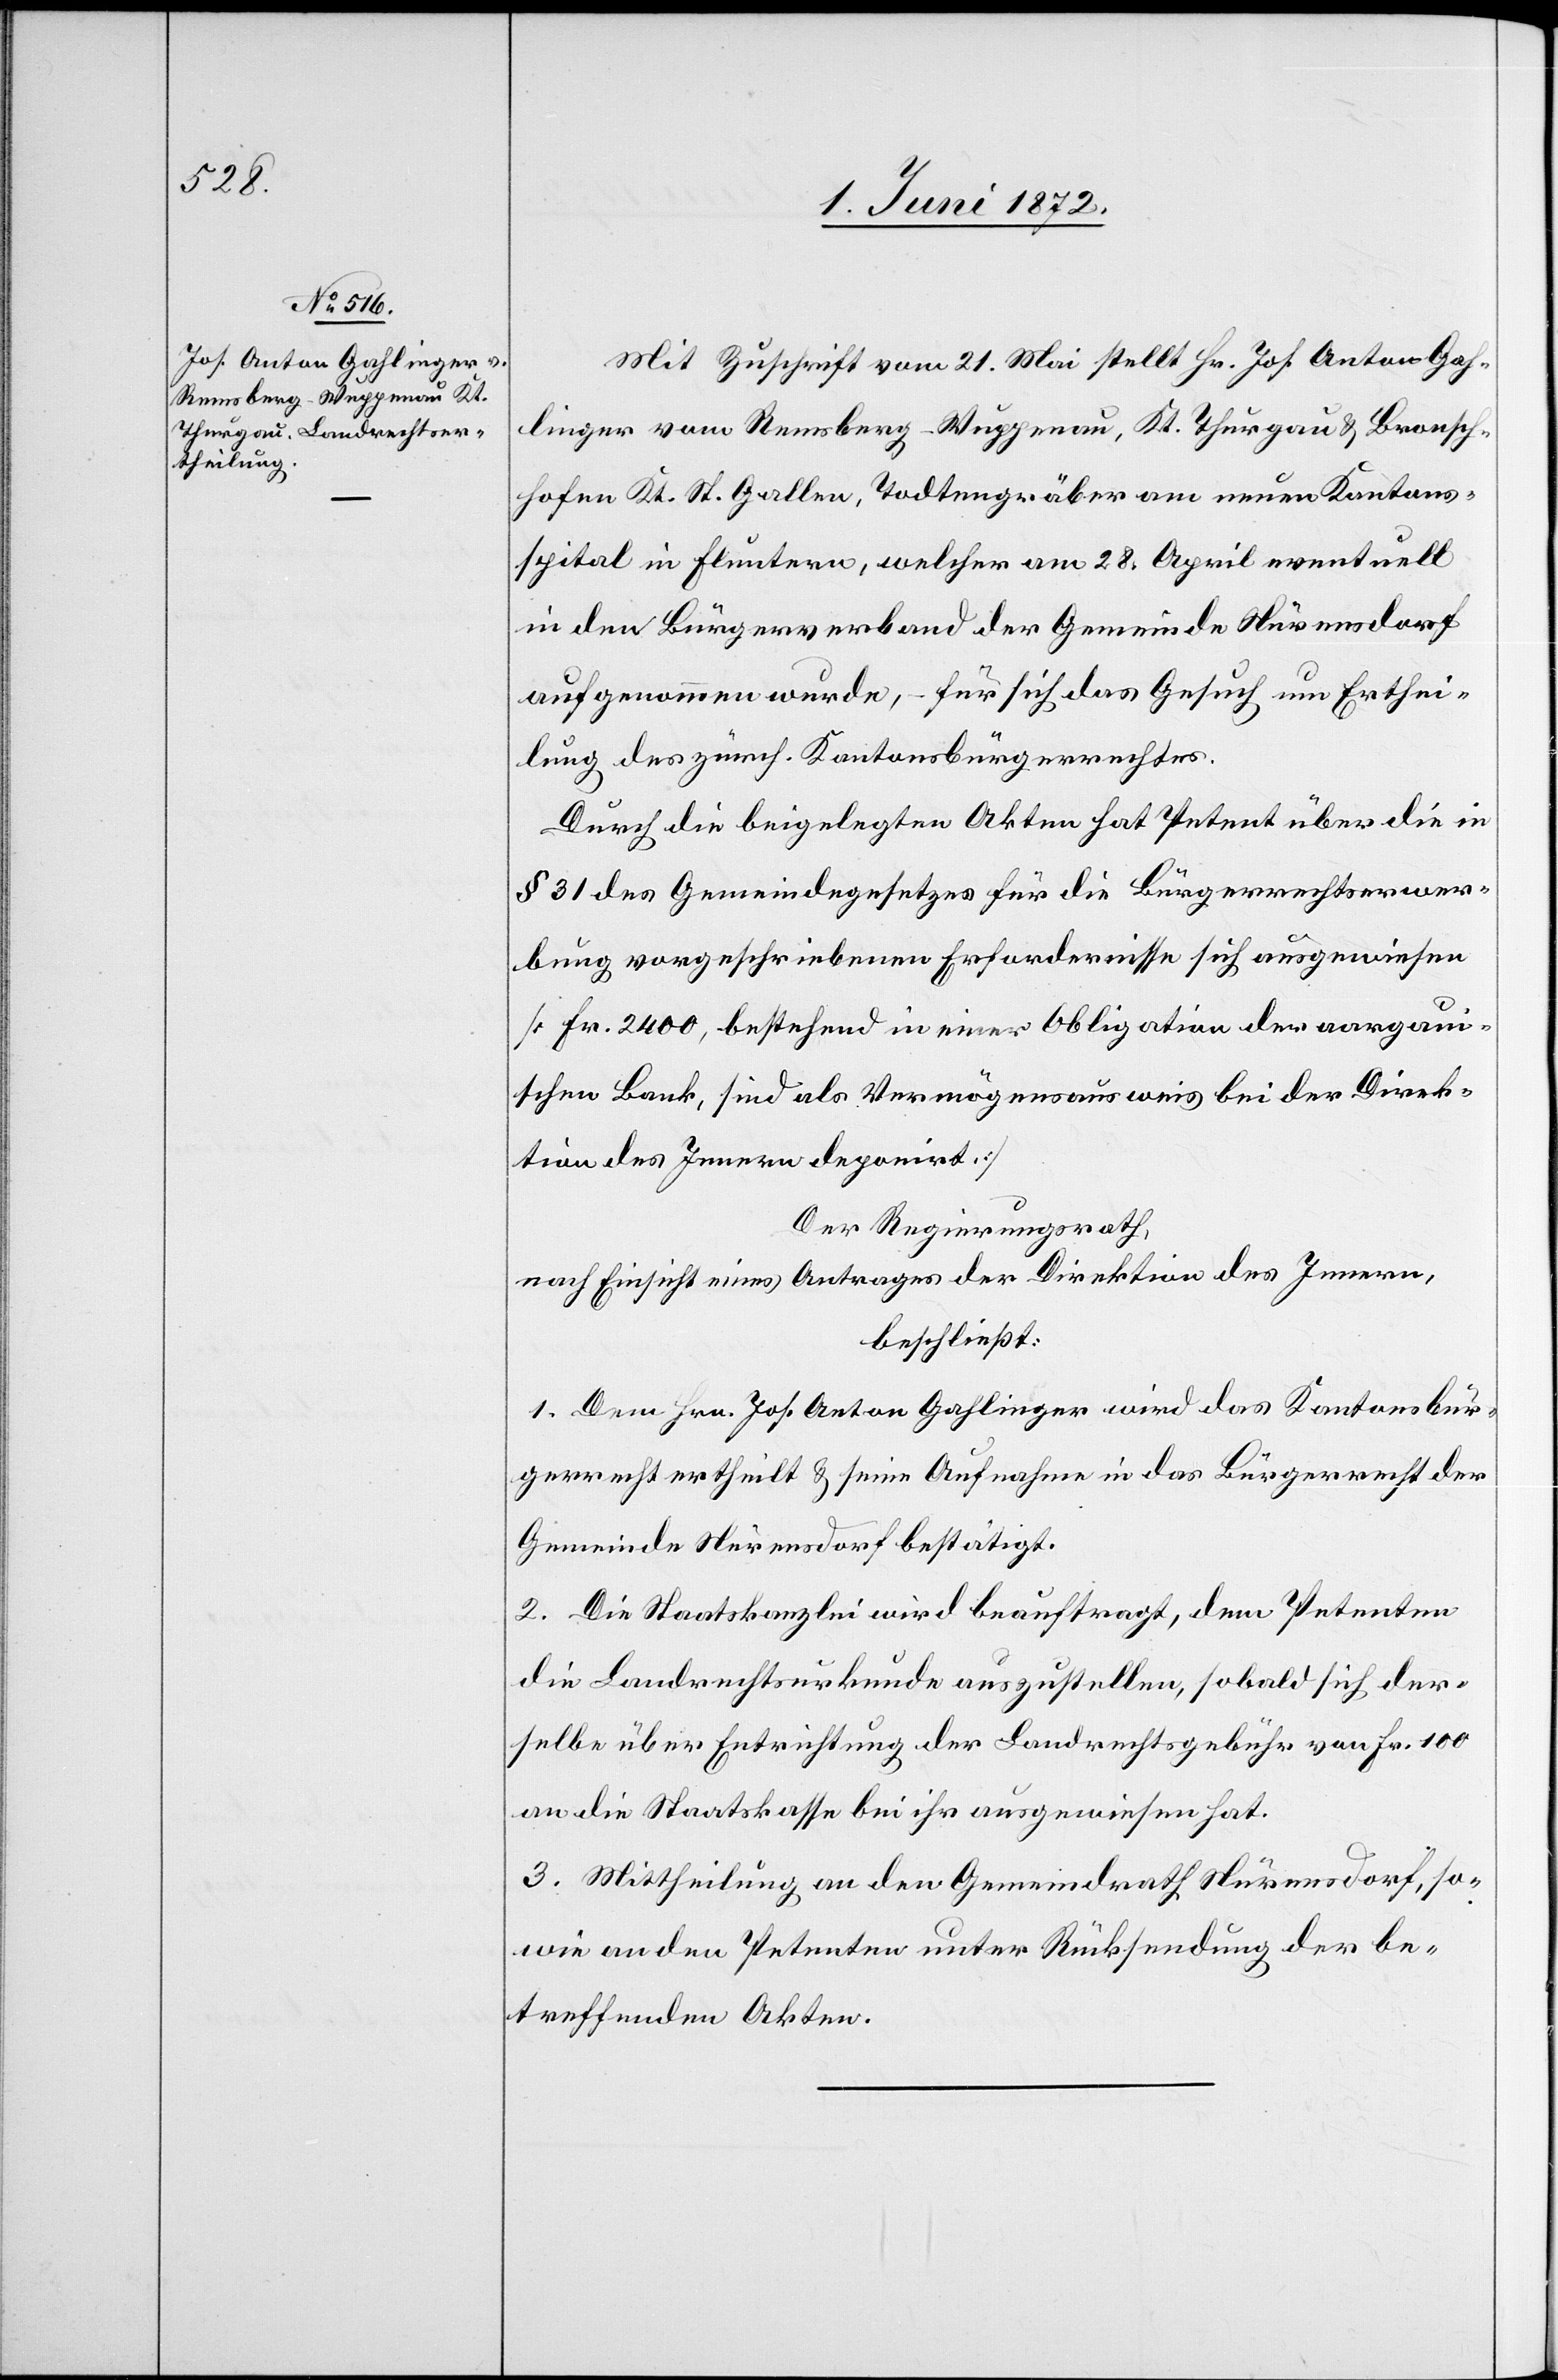
Mit Zuschrift vom 21. Mai stellt Hr. Jos. Anton Gah¬
linger vom Remsberg - Wuppenau, Kt. Thurgau u. Bronsch¬
hofen[,] Kt. St. Gallen, Todtengräber am neuen Kantons¬
spital in Fluntern, welcher am 28. April eventuell
in den Bürgerverband der Gemeinde Nürensdorf
aufgenommen wurde, – für sich das Gesuch um Erthei¬
lung des zürch. Kantonsbürgerrechtes.
Durch die beigelegten Akten hat Petent über die in
§ 31 des Gemeindegesetzes für die Bürgerrechtserwer¬
bung vorgeschriebenen Erfordernisse sich ausgewiesen
[Fr. 2400, bestehend in einer Obligation der aargaui¬
schen Bank, sind als Vermögensausweis bei der Direk¬
tion des Innern deponirt.]
Der Regierungsrath,
nach Einsicht eines Antrages der Direktion des Innern,
beschließt:
1. Dem Hrn. Jos. Anton Gahlinger wird das Kantonsbür¬
gerrecht ertheilt u. seine Aufnahme in das Bürgerrecht der
Gemeinde Nürensdorf bestätigt.
2. Die Staatskanzlei wird beauftragt, dem Petenten
die Landrechtsurkunde auszustellen, sobald sich der¬
selbe über Entrichtung der Landrechtsgebühr von Fr. 100
an die Staatskasse bei ihr ausgewiesen hat.
3. Mittheilung an den Gemeindrath Nürensdorf, so¬
wie an den Petenten unter Rücksendung der be¬
treffenden Akten.